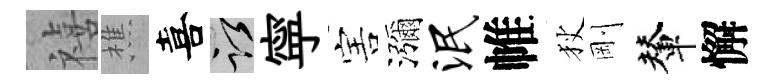
禧樵喜謹寜害瀰泯帷狄剛輦懈